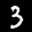
Label: 3